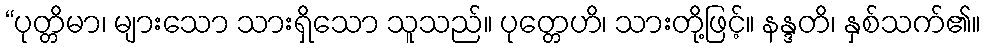
“ပုတ္တိမာ၊ များသော သားရှိသော သူသည်။ ပုတ္တေဟိ၊ သားတို့ဖြင့်။ နန္ဒတိ၊ နှစ်သက်၏။